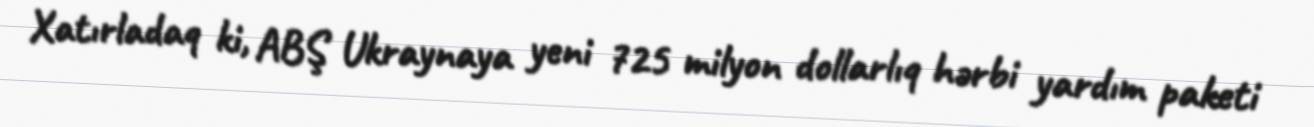
Xatırladaq ki, ABŞ Ukraynaya yeni 725 milyon dollarlıq hərbi yardım paketi